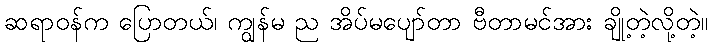
ဆရာဝန်က ပြောတယ်၊ ကျွန်မ ည အိပ်မပျော်တာ ဗီတာမင်အား ချို့တဲ့လို့တဲ့။